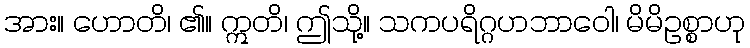
အား။ ဟောတိ၊ ၏။ ဣတိ၊ ဤသို့။ သကပရိဂ္ဂဟဘာဝေါ၊ မိမိဥစ္စာဟု